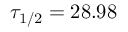
\tau _ { 1 / 2 } = 2 8 . 9 8